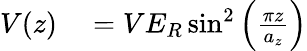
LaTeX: \begin{array}{rl}{V(z)}&{{}=VE_{R}\sin^{2}\left(\frac{\pi z}{a_{z}}\right)}\end{array}